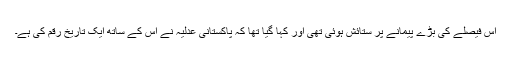
اس فیصلے کی بڑے پیمانے پر ستائش ہوئی تھی اور کہا گیا تھا کہ پاکستانی عدلیہ نے اس کے ساتھ ایک تاریخ رقم کی ہے۔